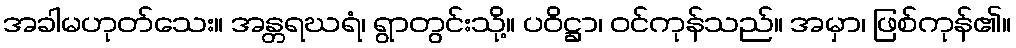
အခါမဟုတ်သေး။ အန္တရဃရံ၊ ရွာတွင်းသို့။ ပဝိဋ္ဌာ၊ ဝင်ကုန်သည်။ အမှာ၊ ဖြစ်ကုန်၏။